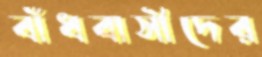
বাঁধবাসীদের